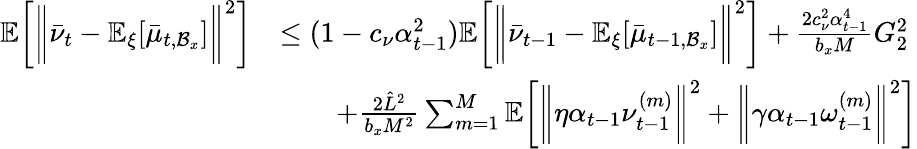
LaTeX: \begin{array}{rl}{\mathbb{E}\bigg[\bigg\| \bar{\nu}_{t}-\mathbb{E}_{\xi}[\bar{\mu}_{t,\mathcal{B}_{x}}]\bigg\| ^{2}\bigg]}&{\leq(1-c_{\nu}\alpha_{t-1}^{2})\mathbb{E}\bigg[\bigg\| \bar{\nu}_{t-1}-\mathbb{E}_{\xi}[\bar{\mu}_{t-1,\mathcal{B}_{x}}]\bigg\| ^{2}\bigg]+\frac{2c_{\nu}^{2}\alpha_{t-1}^{4}}{b_{x}M}G_{2}^{2}}\\ &{\qquad+\frac{2\hat{L}^{2}}{b_{x}M^{2}}\sum_{m=1}^{M}\mathbb{E}\bigg[\bigg\| \eta\alpha_{t-1}\nu_{t-1}^{(m)}\bigg\| ^{2}+\bigg\| \gamma\alpha_{t-1}\omega_{t-1}^{(m)}\bigg\| ^{2}\bigg]}\end{array}